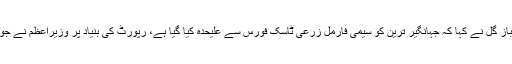
تحریک انصاف کے رہنما شہباز گل نے کہا کہ جہانگیر ترین کو سیمی فارمل زرعی ٹاسک فورس سے علیحدہ کیا گیا ہے، رپورٹ کی بنیاد پر وزیراعظم نے جو مناسب سمجھا ایکشن لیا ہے۔